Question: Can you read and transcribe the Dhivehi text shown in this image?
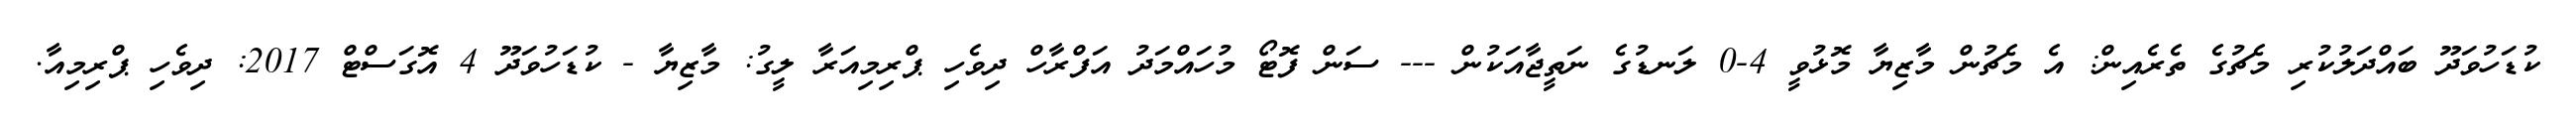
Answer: ކުޑަހުވަދޫ ބައްދަލުކުރި މެޗުގެ ތެރެއިން: އެ މެޗުން މާޒިޔާ މޮޅުވީ 4-0 ލަނޑުގެ ނަތީޖާއަކުން --- ސަން ފޮޓޯ މުހައްމަދު އަފްރާހް ދިވެހި ޕްރިމިއަރާ ލީގު: މާޒިޔާ - ކުޑަހުވަދޫ 4 އޮގަސްޓް 2017: ދިވެހި ޕްރިމިއާ.